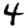
Digit: 4